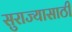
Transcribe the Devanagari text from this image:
सुराज्यासाठी